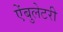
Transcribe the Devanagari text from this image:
ऐंबुलेटरी